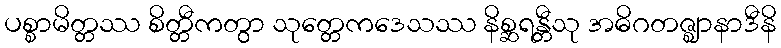
ပစ္စာမိတ္တဿ စိတ္တီကတွာ သုတ္တေကဒေသဿ နိစ္ဆရန္တီသု အဓိဂတဇ္ဈာနာဒီနိ